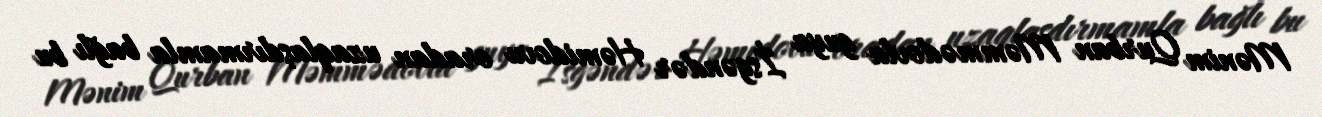
Mənim Qurban Məmmədovla guya İsgəndər Həmidovu oradan uzaqlaşdırmamla bağlı bu